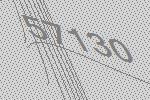
57130